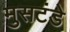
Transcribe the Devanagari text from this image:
मुसटंडे